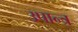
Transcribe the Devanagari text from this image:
उपान्त्र